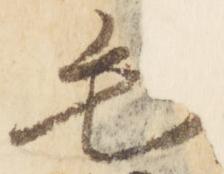
毛